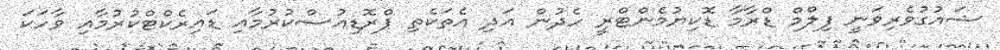
ޝައުގުވެރިވަނީ ފިލްމް ޑްރާމާ ޑޮކިޔުމެންޓްރީ ހެދުން އަދި އެތަކެތި ޕްރޮޑިއުސްކުރުމާއި ޑައިރެކްޓްކުރުމާއި ވާހަކަ